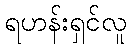
ရဟန်းရှင်လူ